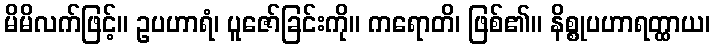
မိမိလက်ဖြင့်။ ဥပဟာရံ၊ ပူဇော်ခြင်းကို။ ကရောတိ၊ ဖြစ်၏။ နိစ္စုပဟာရတ္ထာယ၊